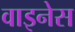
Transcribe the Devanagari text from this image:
वाइनेस